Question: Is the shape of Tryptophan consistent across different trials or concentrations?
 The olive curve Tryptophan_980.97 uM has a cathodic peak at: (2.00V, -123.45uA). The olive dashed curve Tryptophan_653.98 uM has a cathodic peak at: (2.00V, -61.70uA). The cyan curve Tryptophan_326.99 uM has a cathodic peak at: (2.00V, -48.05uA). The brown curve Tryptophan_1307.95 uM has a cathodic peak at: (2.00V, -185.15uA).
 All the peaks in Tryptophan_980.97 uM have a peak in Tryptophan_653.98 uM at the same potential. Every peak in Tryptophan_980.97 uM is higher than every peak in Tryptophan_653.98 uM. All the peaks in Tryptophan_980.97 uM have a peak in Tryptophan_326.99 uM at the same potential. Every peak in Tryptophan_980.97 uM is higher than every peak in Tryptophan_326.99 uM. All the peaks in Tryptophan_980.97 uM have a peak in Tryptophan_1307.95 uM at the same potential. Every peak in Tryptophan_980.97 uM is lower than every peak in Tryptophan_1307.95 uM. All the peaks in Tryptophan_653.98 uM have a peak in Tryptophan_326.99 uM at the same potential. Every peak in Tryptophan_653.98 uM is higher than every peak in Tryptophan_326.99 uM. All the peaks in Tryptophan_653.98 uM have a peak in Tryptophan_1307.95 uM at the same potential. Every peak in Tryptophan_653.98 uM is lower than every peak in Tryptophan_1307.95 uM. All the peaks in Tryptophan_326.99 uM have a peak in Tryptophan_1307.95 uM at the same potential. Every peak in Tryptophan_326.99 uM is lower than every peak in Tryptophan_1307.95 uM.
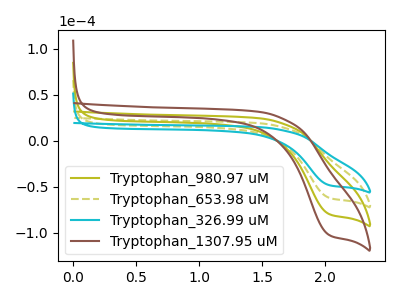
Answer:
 <answer>All the CV's of "Tryptophan" have similar shape.</answer>
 <eval>follow_rule</eval>